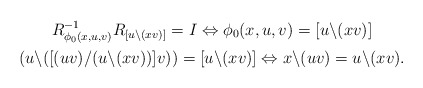
\begin{gather*}R_{\phi_0 (x,u,v)}^{-1}R_{[u\backslash (xv)]}=I\Leftrightarrow \phi_0 (x,u,v)=[u\backslash (xv)]\\(u\backslash([(uv)/(u\backslash (xv))]v))=[u\backslash (xv)]\Leftrightarrow x\backslash (uv)=u\backslash (xv).\end{gather*}